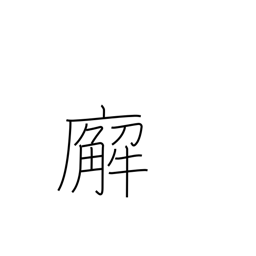
Meaning: government office